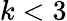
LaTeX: k<3